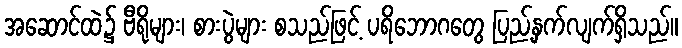
အဆောင်ထဲ၌ ဗီရိုများ၊ စားပွဲများ စသည်ဖြင့် ပရိဘောဂတွေ ပြည့်နှက်လျက်ရှိသည်။